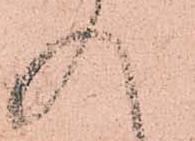
入